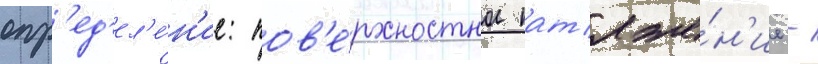
опр'ед'ел'е́н'ие: пов'е́рхностное нат'яже́н'ие -